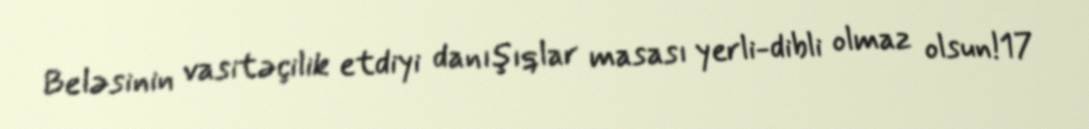
Beləsinin vasitəçilik etdiyi danışıqlar masası yerli-dibli olmaz olsun!17